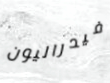
فيدراليون